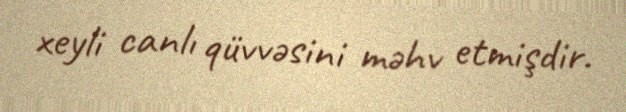
xeyli canlı qüvvəsini məhv etmişdir.